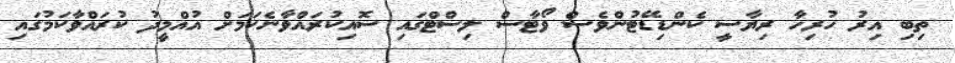
ތިބި އިރު ހުރިހާ ރިޔާސީ ކެންޑިޑޭޓުންވެސް ވޯޓާސް ލިސްޓްގައި ސޮއިކުރައްވާނެކަމަށް އުއްމީދު ކުރައްވާކަމުގައި